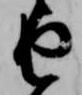
由